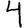
Digit: 4